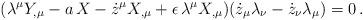
LaTeX: \begin{align*}(\lambda^{\mu} Y_{,\mu} - a \, X - \dot{z}^{\mu} X_{,\mu}+ \epsilon \, \lambda^{\mu} X_{,\mu})(\dot{z}_{\mu} \lambda_{\nu} - \dot{z}_{\nu} \lambda_{\mu}) = 0 \, .\end{align*}